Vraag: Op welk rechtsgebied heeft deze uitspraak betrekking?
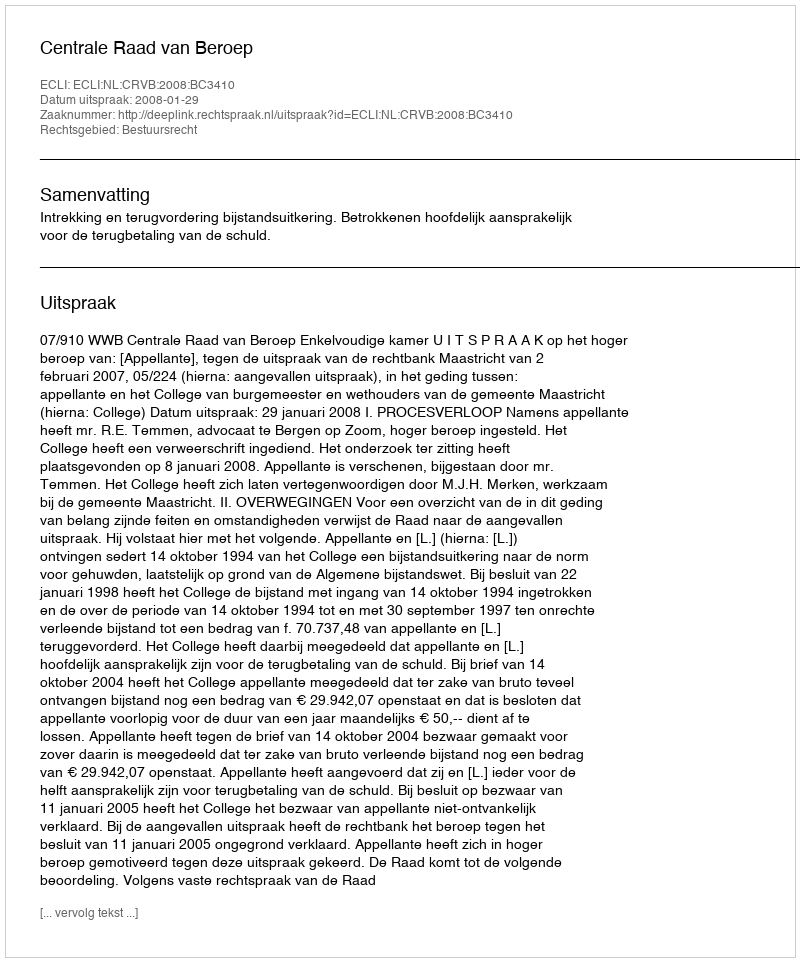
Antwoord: Bestuursrecht